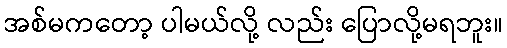
အစ်မကတော့ ပါမယ်လို့ လည်း ပြောလို့မရဘူး။